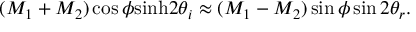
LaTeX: ( M _ { 1 } + M _ { 2 } ) \cos \phi \mathrm { s i n h } 2 \theta _ { i } \approx ( M _ { 1 } - M _ { 2 } ) \sin \phi \sin 2 \theta _ { r } .